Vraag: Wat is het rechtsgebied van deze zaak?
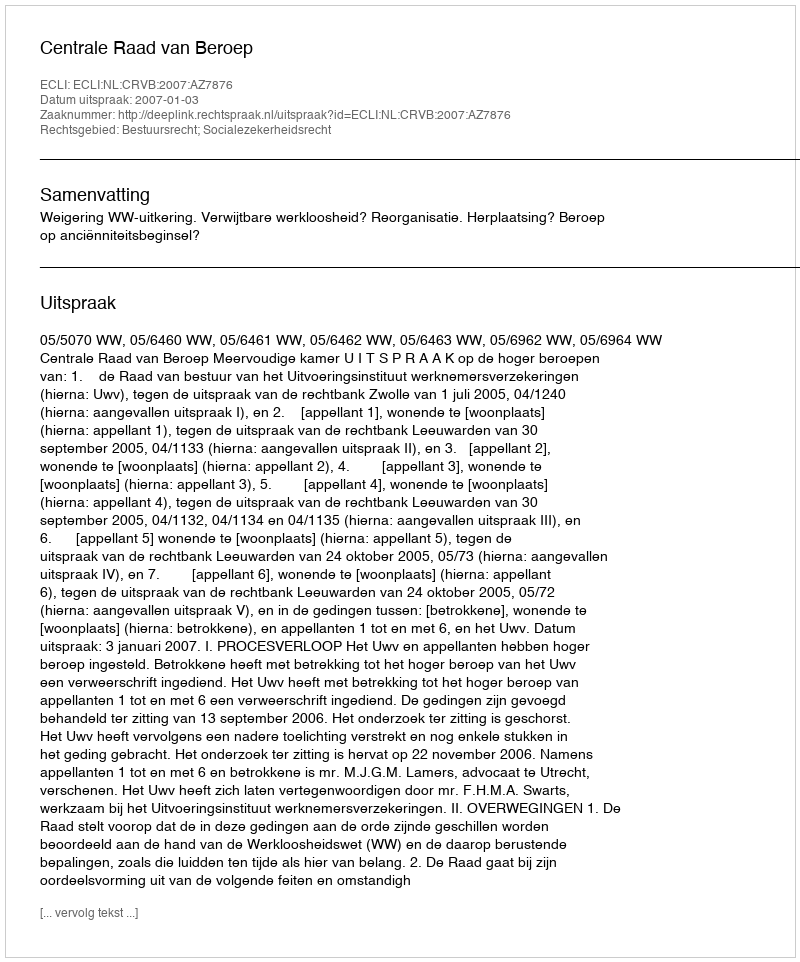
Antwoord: Bestuursrecht; Socialezekerheidsrecht